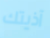
آذيتك